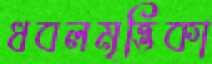
ধবলমৃত্তিকা